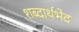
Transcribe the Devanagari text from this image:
शब्दार्थभेद